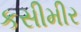
કસીમીર